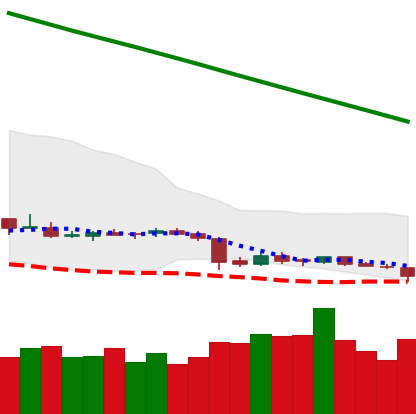
Ticker: ETC-USD
Chart end date: 2019-02-06
Forward return: 8.535%
Label: up_7plus